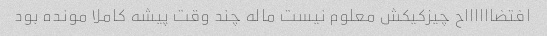
افتضااااااح چیزکیکش معلوم نیست ماله چند وقت پیشه کاملا مونده بود